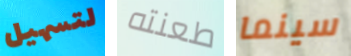
لتسهيل طعنته سينما